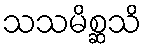
သသမိစ္ဆသိ